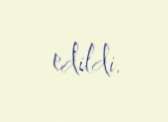
edildi.